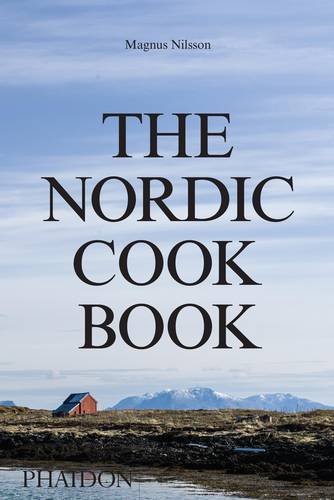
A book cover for The Nordic Cookbook; Magnus Nilsson; Cookbooks, Food & Wine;